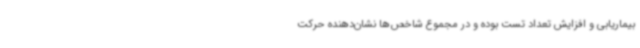
بیماریابی و افزایش تعداد تست‌ بوده و در مجموع شاخص‌ها نشان‌دهنده حرکت